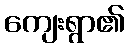
ကျေးရွာ၏